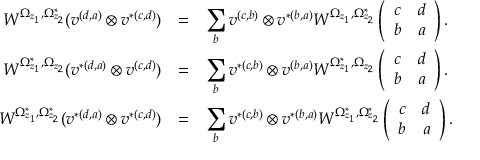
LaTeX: \begin{array} { r c l } { { W ^ { \Omega _ { z _ { 1 } } , \Omega _ { z _ { 2 } } ^ { * } } ( v ^ { ( d , a ) } \otimes v ^ { * ( c , d ) } ) } } & { { = } } & { { \displaystyle \sum _ { b } v ^ { ( c , b ) } \otimes v ^ { * ( b , a ) } W ^ { \Omega _ { z _ { 1 } } , \Omega _ { z _ { 2 } } ^ { * } } \left( \begin{array} { c c } { { c } } & { { d } } \\ { { b } } & { { a } } \end{array} \right) . } } \\ { { W ^ { \Omega _ { z _ { 1 } } ^ { * } , \Omega _ { z _ { 2 } } } ( v ^ { * ( d , a ) } \otimes v ^ { ( c , d ) } ) } } & { { = } } & { { \displaystyle \sum _ { b } v ^ { * ( c , b ) } \otimes v ^ { ( b , a ) } W ^ { \Omega _ { z _ { 1 } } ^ { * } , \Omega _ { z _ { 2 } } } \left( \begin{array} { c c } { { c } } & { { d } } \\ { { b } } & { { a } } \end{array} \right) . } } \\ { { W ^ { \Omega _ { z _ { 1 } } ^ { * } , \Omega _ { z _ { 2 } } ^ { * } } ( v ^ { * ( d , a ) } \otimes v ^ { * ( c , d ) } ) } } & { { = } } & { { \displaystyle \sum _ { b } v ^ { * ( c , b ) } \otimes v ^ { * ( b , a ) } W ^ { \Omega _ { z _ { 1 } } ^ { * } , \Omega _ { z _ { 2 } } ^ { * } } \left( \begin{array} { c c } { { c } } & { { d } } \\ { { b } } & { { a } } \end{array} \right) . } } \end{array}